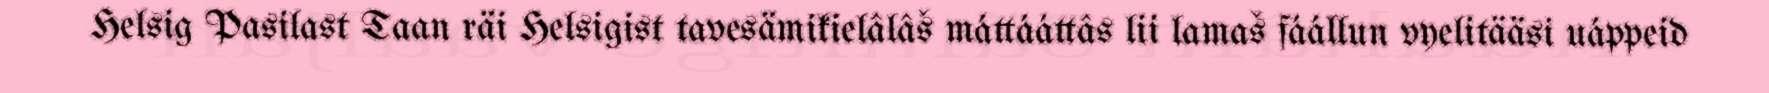
Helsig Pasilast Taan räi Helsigist tavesämikielâlâš máttááttâs lii lamaš fáállun vyelitääsi uáppeid